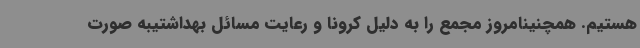
هستیم. همچنینامروز مجمع را به دلیل کرونا و رعایت مسائل بهداشتیبه صورت